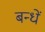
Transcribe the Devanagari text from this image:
बन्धें